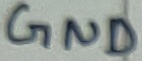
Text: GND